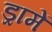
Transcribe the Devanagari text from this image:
ड्रामें